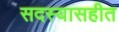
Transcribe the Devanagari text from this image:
सदस्यासहीत